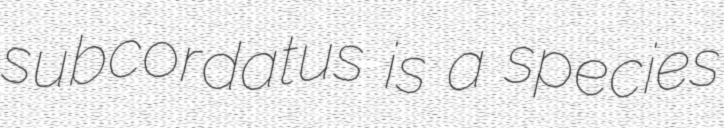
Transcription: subcordatus is a species